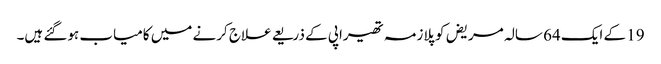
19 کے ایک 64 سالہ مریض کو پلازمہ تھیراپی کے ذریعے علاج کرنے میں کامیاب ہوگئے ہیں۔